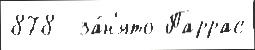
878  за́н'ято Паррас